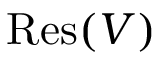
{ \mathrm { R e s } } ( V )